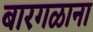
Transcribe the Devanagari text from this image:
बारगळाना